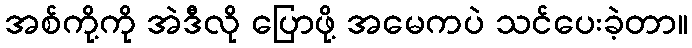
အစ်ကို့ကို အဲဒီလို ပြောဖို့ အမေကပဲ သင်ပေးခဲ့တာ။